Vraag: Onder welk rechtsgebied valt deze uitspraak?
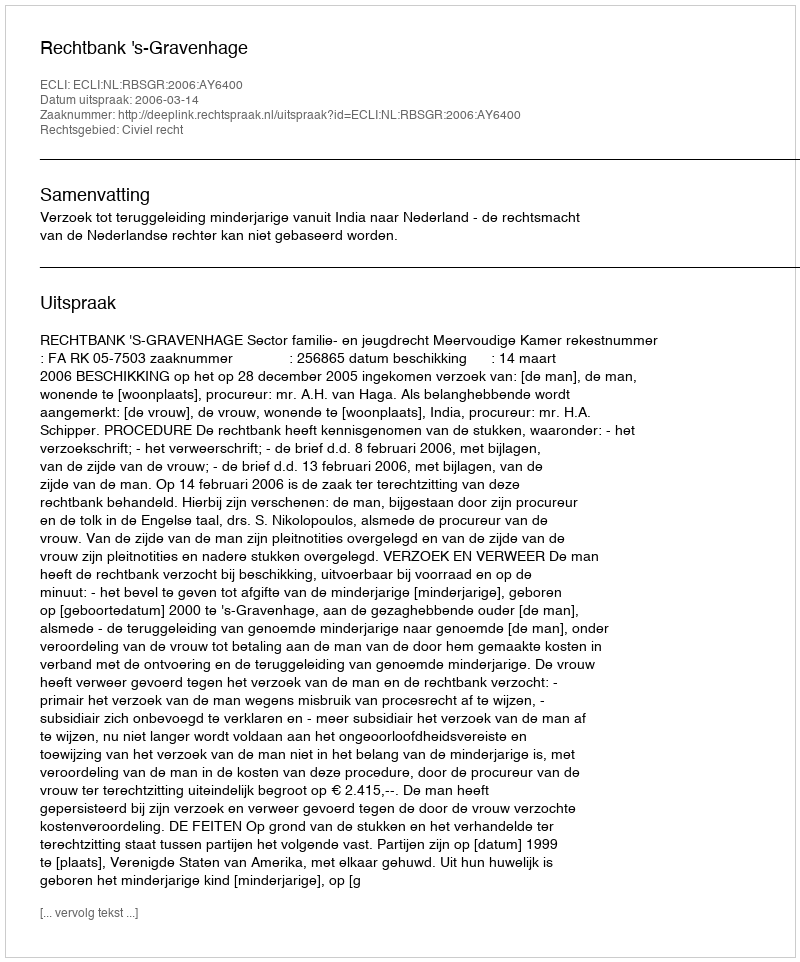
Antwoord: Civiel recht